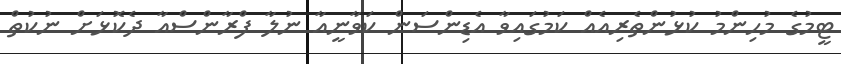
ޓީމުގެ މުހިންމު ކުޅުންތެރިއެއް ކަމުގައިވާ އެޑިންސަން ކަވާނީއާ ނުލާ ފްރާންސްއާ ދެކޮޅަށް ނުކުތް